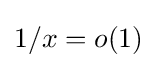
1/x=o(1)